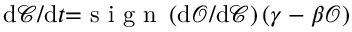
\mathrm { d } \mathcal { C } / \mathrm { d } t { = } \mathrm { ~ s ~ i ~ g ~ n ~ } \left( \mathrm { d } \mathcal { O } / \mathrm { d } \mathcal { C } \right) \left( \gamma - \beta \mathcal { O } \right)